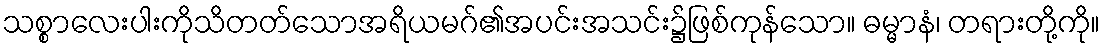
သစ္စာလေးပါးကိုသိတတ်သောအရိယမဂ်၏အပင်းအသင်း၌ဖြစ်ကုန်သော။ ဓမ္မာနံ၊ တရားတို့ကို။